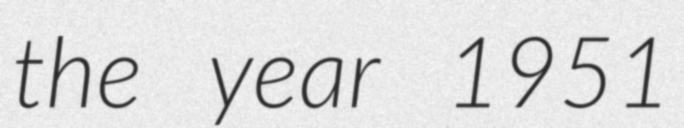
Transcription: the year 1951